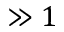
\gg 1